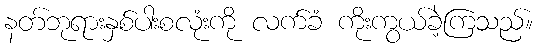
နတ်ဘုရားနှစ်ပါးစလုံးကို လက်ခံ ကိုးကွယ်ခဲ့ကြသည်။